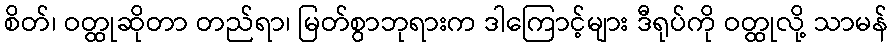
စိတ်၊ ဝတ္ထုဆိုတာ တည်ရာ၊ မြတ်စွာဘုရားက ဒါကြောင့်များ ဒီရုပ်ကို ဝတ္ထုလို့ သာမန်